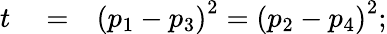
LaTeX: \begin{array}{rlr}{t}&{{}=}&{\left(p_{1}-p_{3}\right)^{2}=\left(p_{2}-p_{4}\right)^{2};}\end{array}